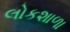
લોકશાળા